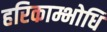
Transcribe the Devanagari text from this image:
हरिकाम्भोधि